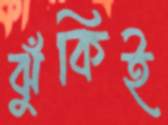
ঝুঁকিই